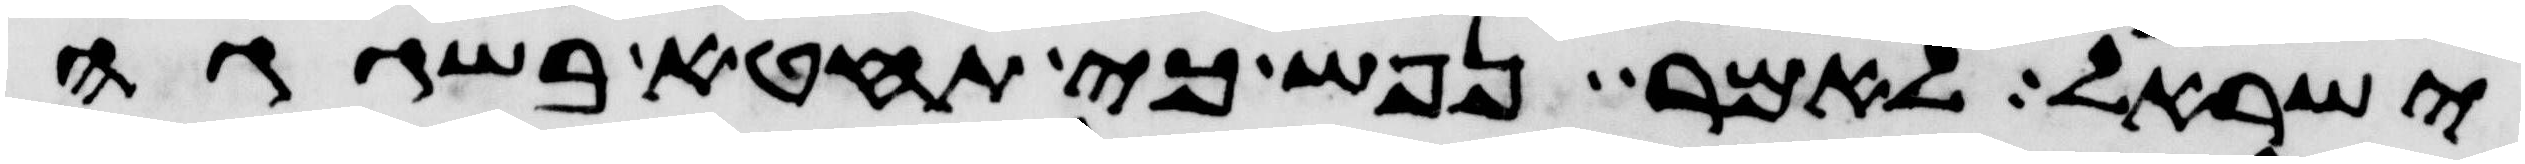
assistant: ישראל לאמר נפש כי תחטא בשגגה